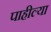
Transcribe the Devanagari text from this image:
पाहील्या